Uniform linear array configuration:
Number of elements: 16
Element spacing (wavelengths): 0.75
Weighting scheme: exponential
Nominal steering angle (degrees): -60
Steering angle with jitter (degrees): -58.968
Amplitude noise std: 0.05
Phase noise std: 0.05

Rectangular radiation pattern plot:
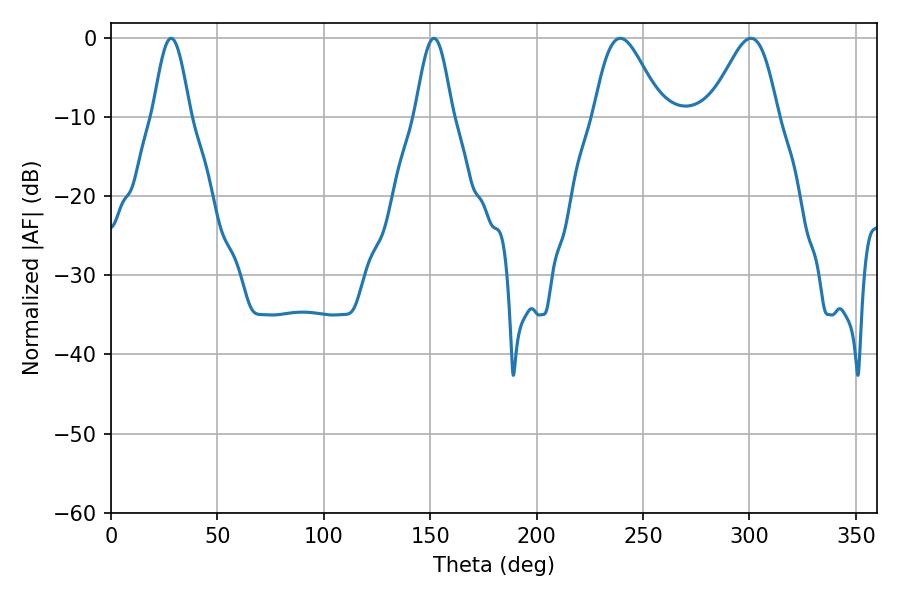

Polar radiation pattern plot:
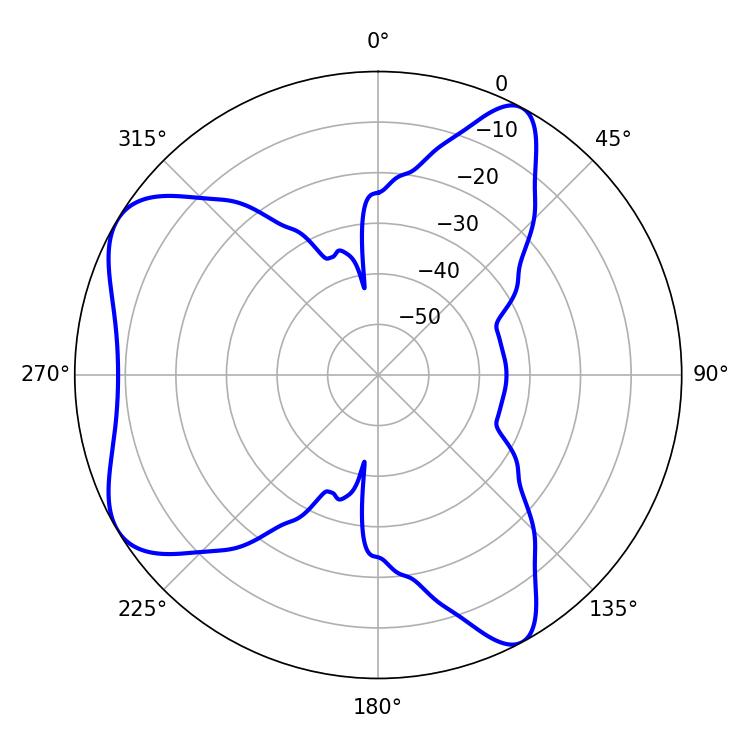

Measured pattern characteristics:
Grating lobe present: TRUE
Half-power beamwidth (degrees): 9.36
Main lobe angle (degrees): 28.26